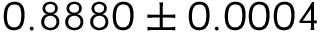
0 . 8 8 8 0 \pm 0 . 0 0 0 4